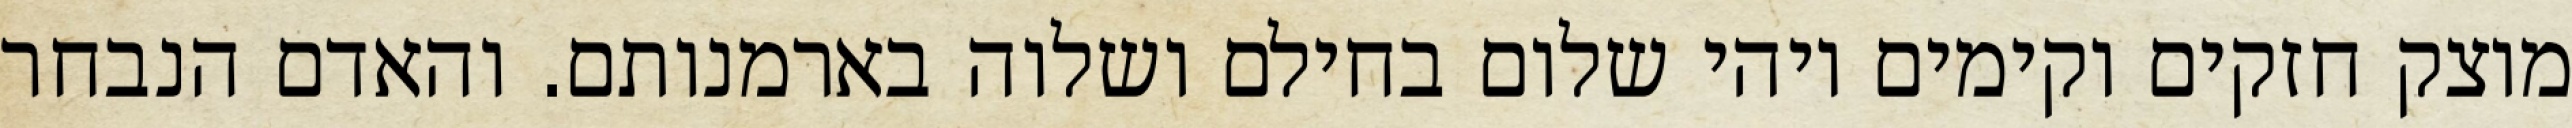
מוצק חזקים וקימים ויהי שלום בחילם ושלוה בארמנותם. והאדם הנבחר